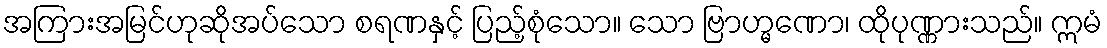
အကြားအမြင်ဟုဆိုအပ်သော စရဏနှင့် ပြည့်စုံသော။ သော ဗြာဟ္မဏော၊ ထိုပုဏ္ဏားသည်။ ဣမံ